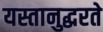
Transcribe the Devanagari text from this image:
यस्तानुद्धरते